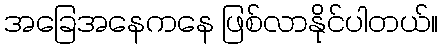
အခြေအနေကနေ ဖြစ်လာနိုင်ပါတယ်။